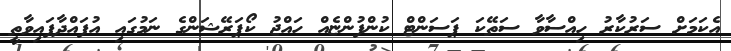
އެކަމަށް ސަރުކާރު ހިއްސާވާ ސަތޭކަ ޕަސަންޓް ކުންފުންޏެއް ހައްޖު ކޯޕަރޭޝަންގެ ނަމުގައި އުފައްދާފައިވާތީ